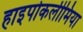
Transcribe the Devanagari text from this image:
हाइपोकलीमिया